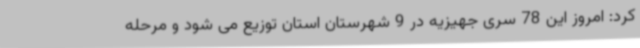
کرد: امروز این 78 سری جهیزیه در 9 شهرستان استان توزیع می شود و مرحله